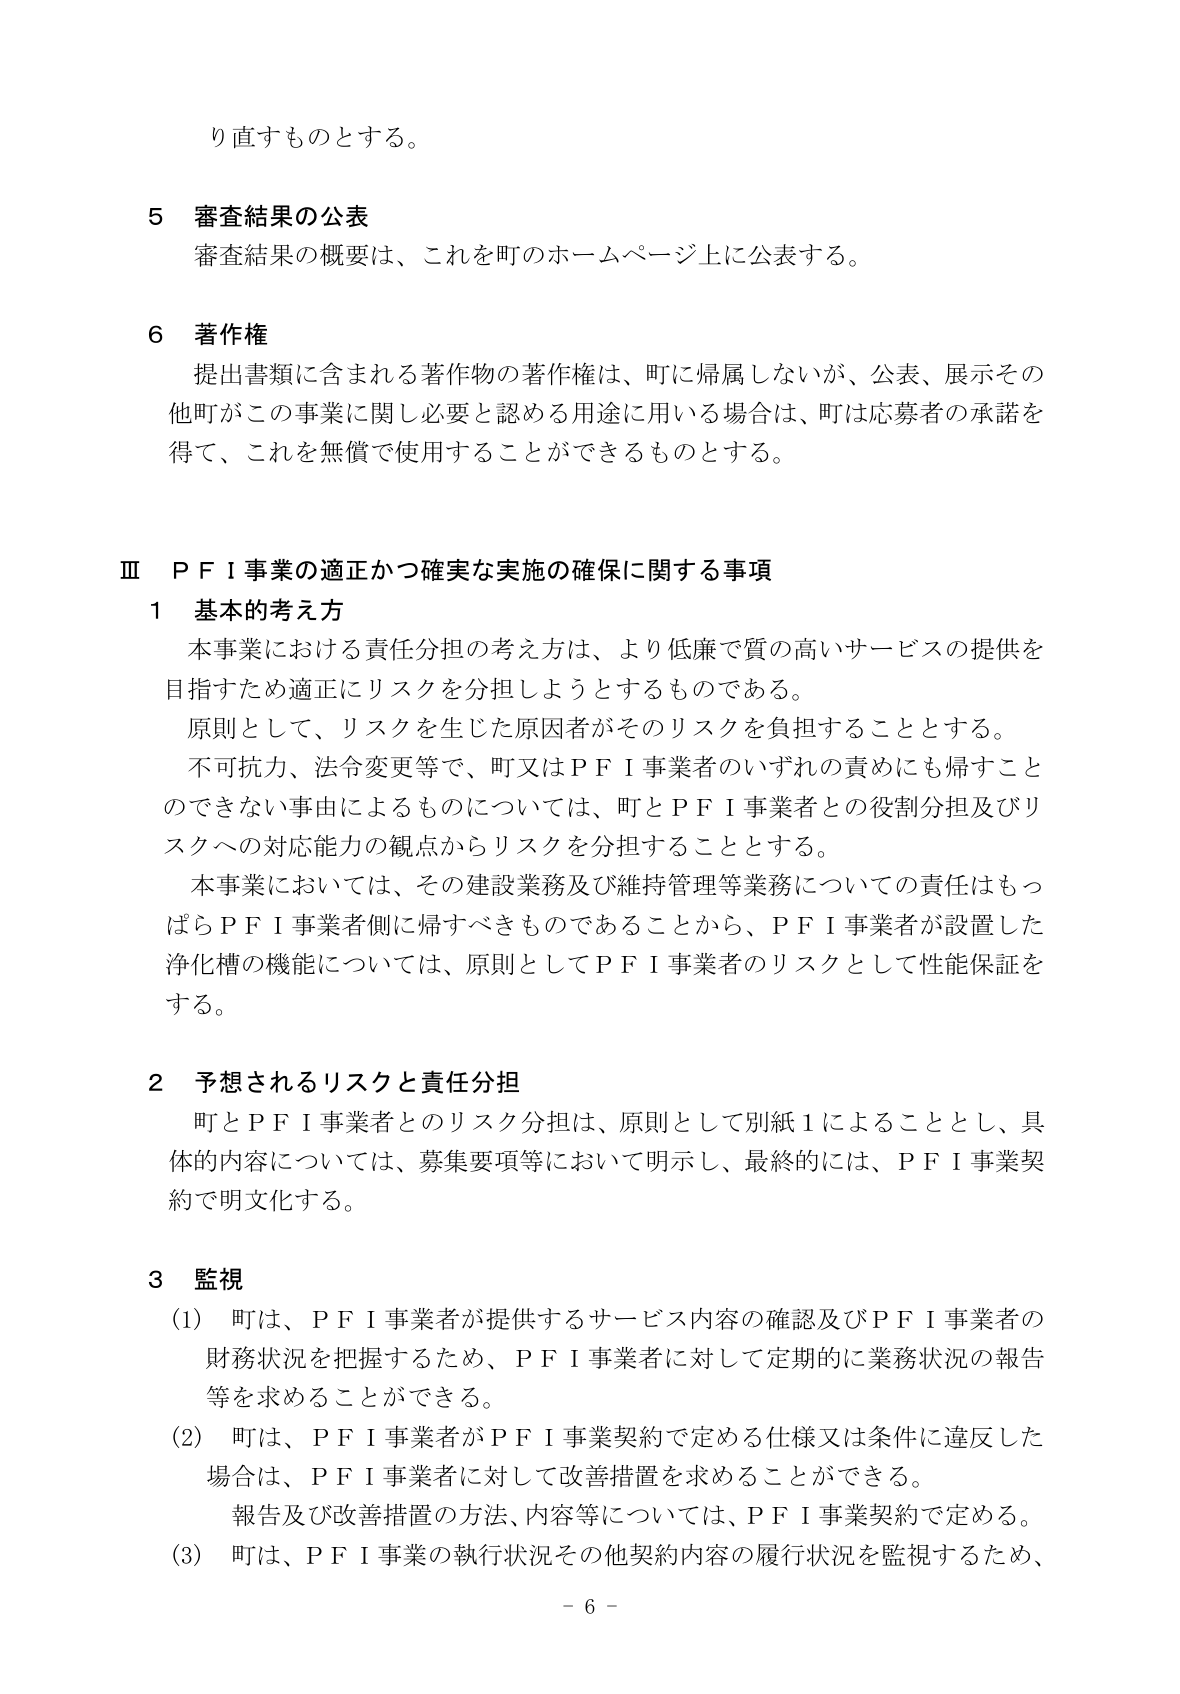
り直すものとする。

5 審査結果の公表
審査結果の概要は、これを町のホームページ上に公表する。

6 著作権
提出書類に含まれる著作物の著作権は、町に帰属しないが、公表、展示その他町がこの事業に関し必要と認める用途に用いる場合は、町は応募者の承諾を得て、これを無償で使用することができるものとする。

Ⅲ PFI事業の適正かつ確実な実施の確保に関する事項
1 基本的考え方
本事業における責任分担の考え方は、より低廉で質の高いサービスの提供を目指すため適正にリスクを分担しようとするものである。
原則として、リスクを生じた原因者がそのリスクを負担することとする。
不可抗力、法令変更等で、町又はPFI事業者のいずれの責めにも帰すことのできない事由によるものについては、町とPFI事業者との役割分担及びリスクへの対応能力の観点からリスクを分担することとする。
本事業においては、その建設業務及び維持管理等業務についての責任はもっぱらPFI事業者側に帰すべきものであることから、PFI事業者が設置した浄化槽の機能については、原則としてPFI事業者のリスクとして性能保証をする。

2 予想されるリスクと責任分担
町とPFI事業者とのリスク分担は、原則として別紙1によることとし、具体的内容については、募集要項等において明示し、最終的には、PFI事業契約で明文化する。

3 監視
(1) 町は、PFI事業者が提供するサービス内容の確認及びPFI事業者の財務状況を把握するため、PFI事業者に対して定期的に業務状況の報告等を求めることができる。
(2) 町は、PFI事業者がPFI事業契約で定める仕様又は条件に違反した場合は、PFI事業者に対して改善措置を求めることができる。
報告及び改善措置の方法、内容等については、PFI事業契約で定める。
(3) 町は、PFI事業の執行状況その他契約内容の履行状況を監視するため、
- 6 -